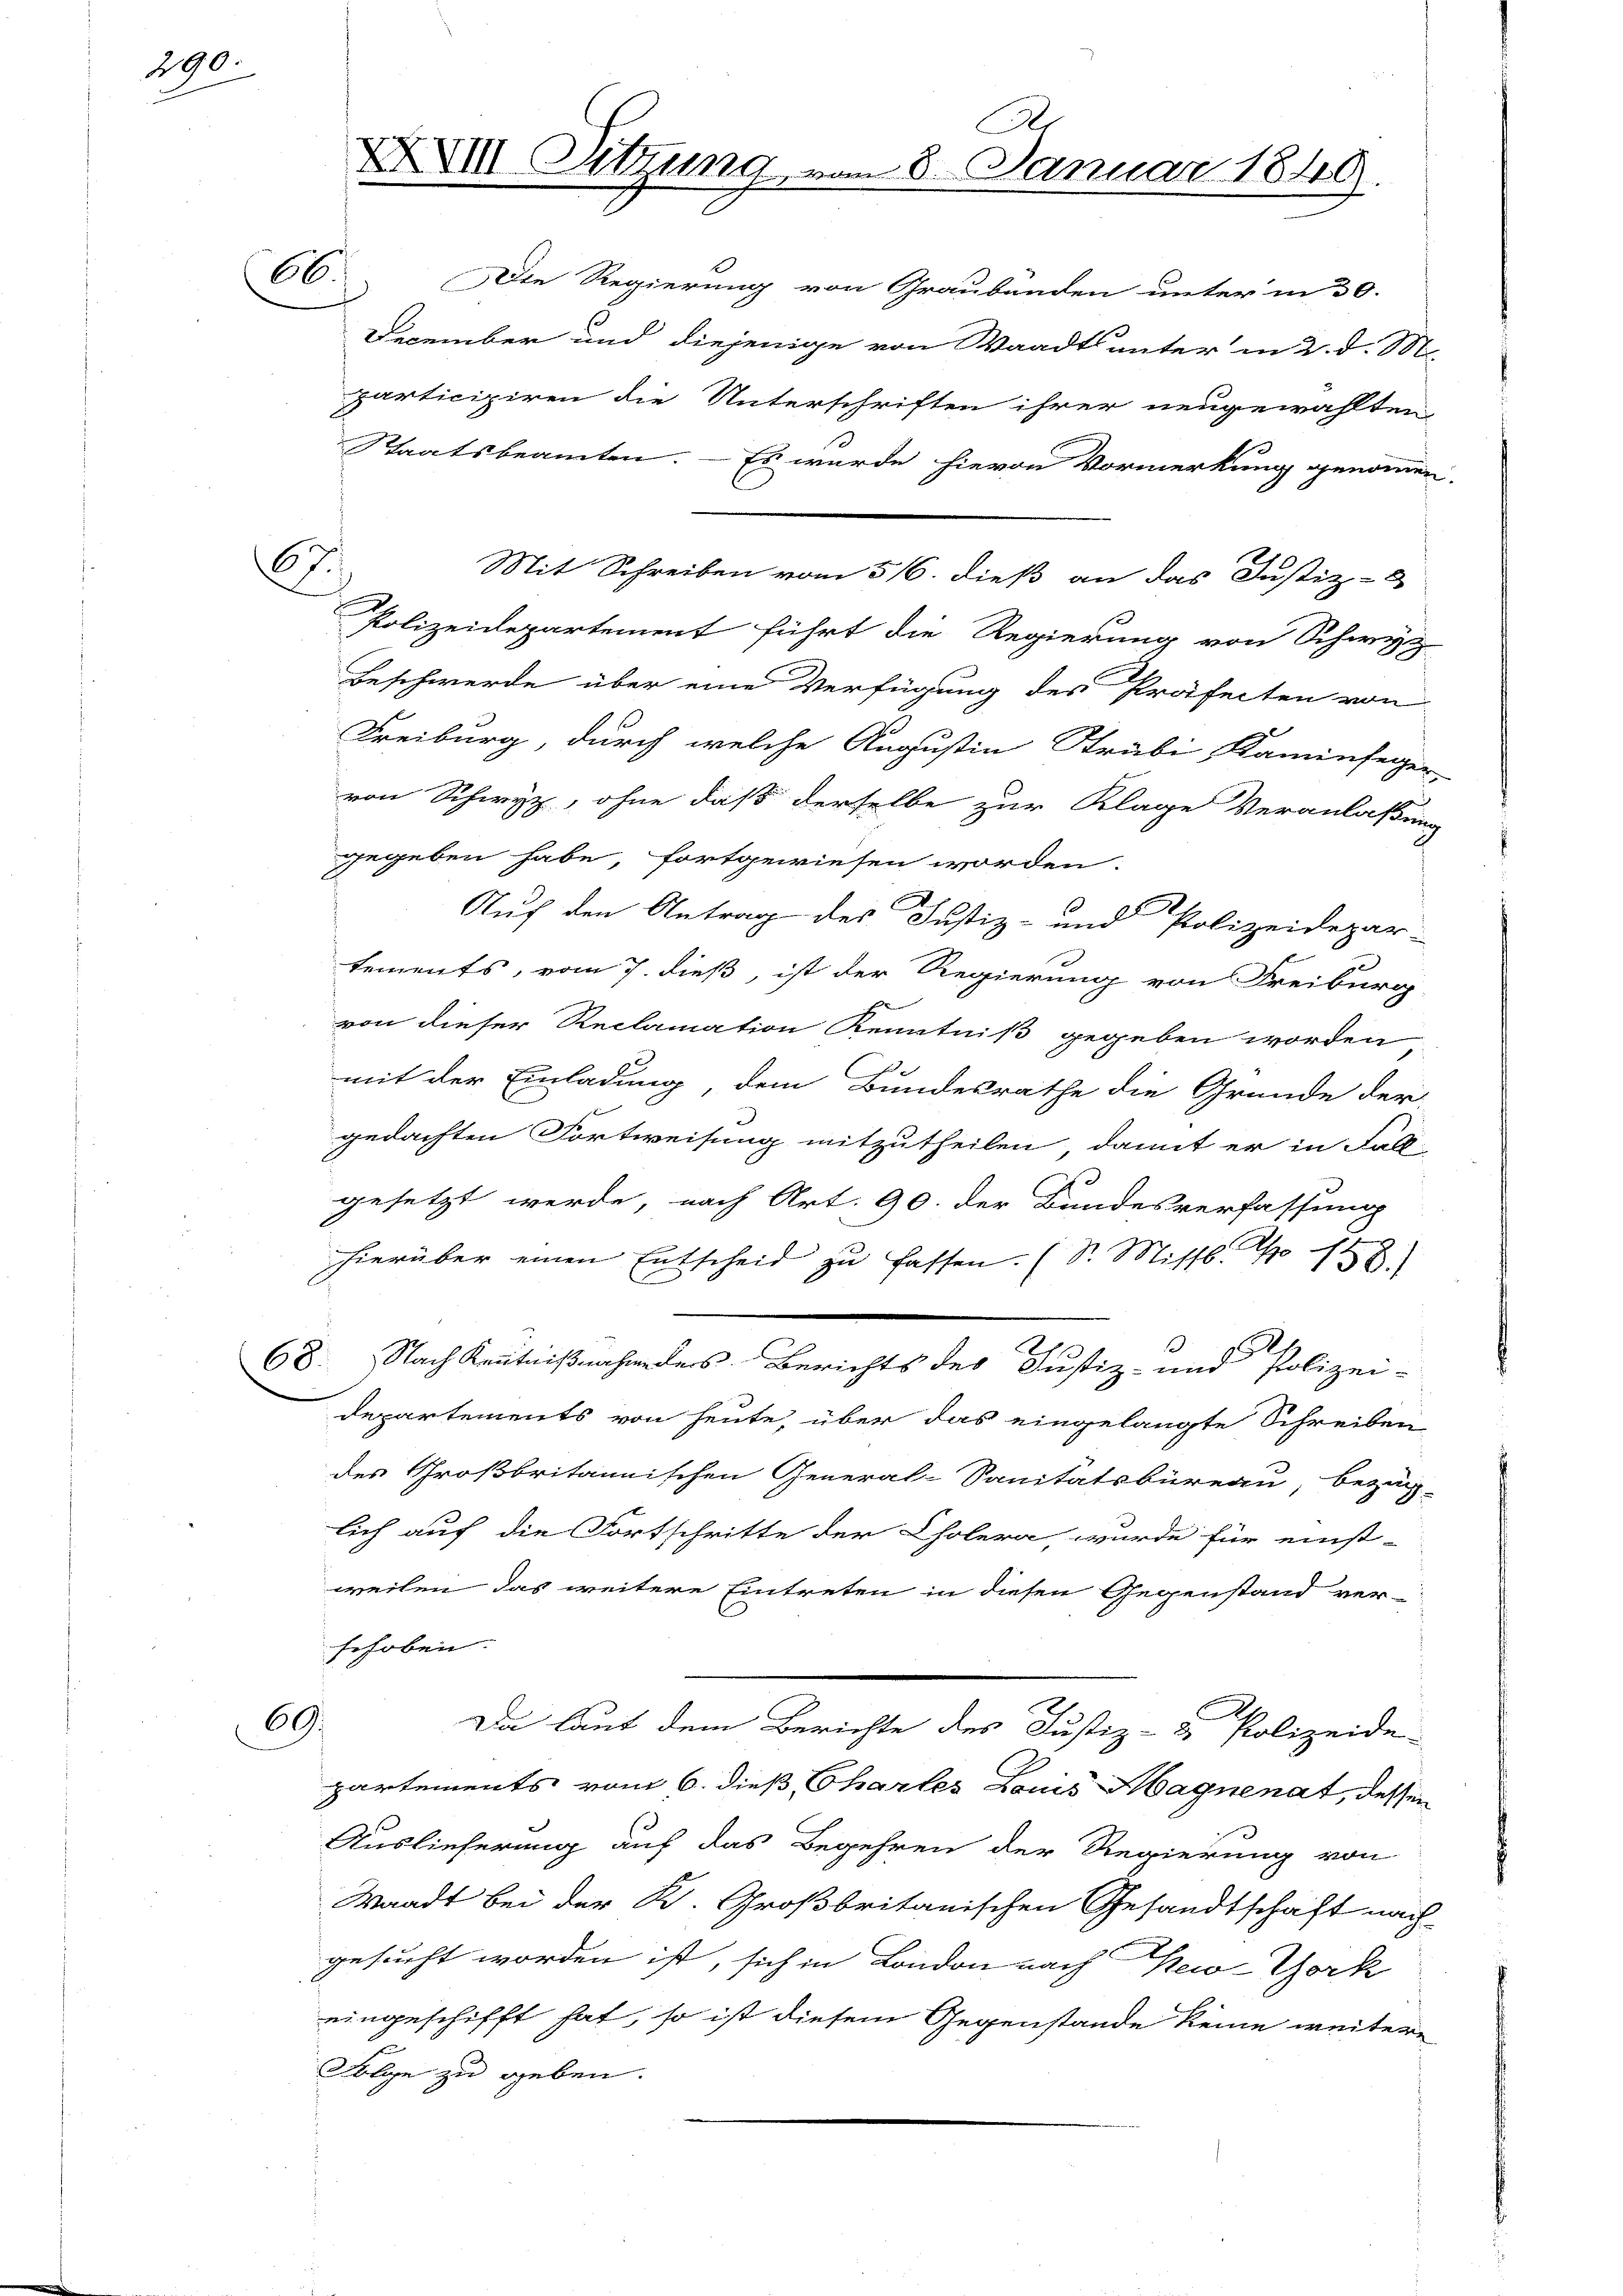
190

67.

66.

Die Regierung von Graubünden unter in 30.
December und diejenige von Waadt unter in 2. d. 18
participiren die Unterschriften ihrer neugewählten
Staatsbeamten. — Es wurde hievon Vormerkung genommen.
Polizeidepartement führt die Regierung von Schwyz
Beschwerde über eine Verfügung des Präfecten von
Freiburg, durch welche Augustin Strabi, Kaminfeger
von Schwyz, ohne daß derselbe zur Klage Veranlaßung
gegeben habe, fortgewiesen worden.
Auf den Antrag des Justiz- und Polizeidepar-
tements, vom 7. dieß, ist der Regierung von Freiburg
von dieser Reclamation Kenntniß gegeben worden
F
mit der Einladung, dem Bundesrathe die Gründe der
gedachten Fortweisung mitzutheilen, damit er in Fall-
gesetzt werde, nach Art. 90. der Bundesverfassung
hierüber einen Entscheid zu fassen. (S. Missb. S. 158)
.
2
68. Nach Kenntnißnahm des Berichts des Justiz- und Polizei-
departements von heute, über das eingelangte Schreiben
des Großbritannischen General-Sanitätsbüreau, bezüg-
lich auf die Fortschritte der Cholera, wurde für einst-
weilen das weitere Eintreten in diesen Gegenstand ver-
schoben.
69.
Du laut dem Berichte des Justiz- & Polizeide
partements vom 6. dieß, Chartes Louis Magnenat, dessen
Auslieferung auf das Begehren der Regierung von
Waadt bei der K. Großbritanischen Gesandtschaft nach
gesucht worden ist, sich in London nach New-York
eingeschifft hat, so ist diesem Gegenstände keine weitere
Folge zu geben.

XXIII Sitzung vom 8. Januar 1849.

Mit Schreiben vom 516. dieß an das Justiz-